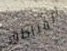
المناطق